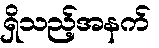
ရှိသည့်အနက်